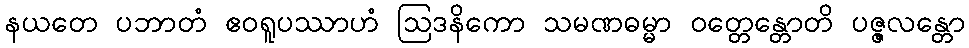
နယတေ ပဘာတံ ဧဝရူပဿာဟံ ဩဒနိကော သမဏဓမ္မာ ဝတ္တေန္တောတိ ပဇ္ဇလန္တော